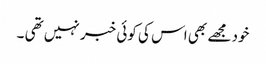
خود مجھے بھی اس کی کوئی خبر نہیں تھی ۔